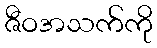
ဇီဝအသက်ကို